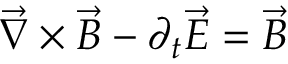
\vec { \nabla } \times \vec { B } - \partial _ { t } \vec { E } = \vec { B }